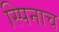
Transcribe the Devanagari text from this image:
स्पिनाच